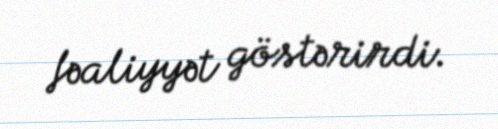
fəaliyyət göstərirdi.